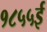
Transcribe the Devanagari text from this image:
१८५५ई